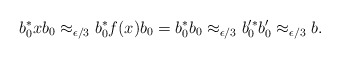
\begin{align*}b_0^\ast x b_0 \approx_{\epsilon/3} b_0^\ast f(x) b_0 = b_0^\ast b_0 \approx_{\epsilon/3} b_0'^\ast b_0' \approx_{\epsilon/3} b.\end{align*}